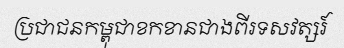
ប្រជាជនកម្ពុជាខកខានជាងពីរទសវត្សរ៍